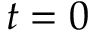
t = 0